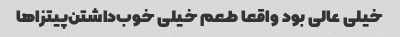
خیلی عالی بود واقعا طعم خیلی خوب‌داشتن‌پیتزاها